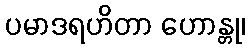
ပမာဒရဟိတာ ဟောန္တု၊